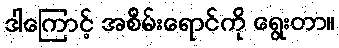
ဒါကြောင့် အစိမ်းရောင်ကို ရွေးတာ။